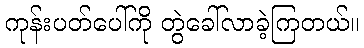
ကုန်းပတ်ပေါ်ကို တွဲခေါ်လာခဲ့ကြတယ်။